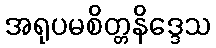
အရုပမစိတ္တနိဒ္ဒေသ